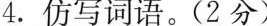
4.仿写词语。(2分)